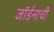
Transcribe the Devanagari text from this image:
जॉर्डनाची